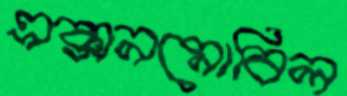
এক্সনমোবিল